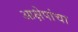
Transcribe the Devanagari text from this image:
आक्षेपांचा